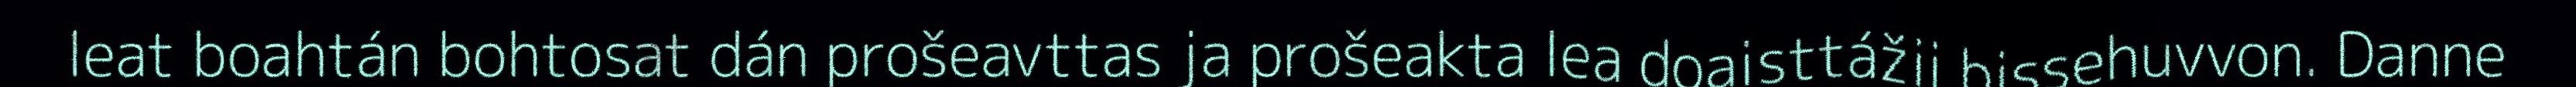
leat boahtán bohtosat dán prošeavttas ja prošeakta lea doaisttážii bissehuvvon. Danne